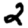
Digit: 2